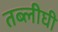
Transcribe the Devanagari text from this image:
तब्लीघी